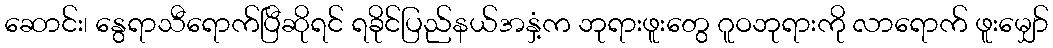
ဆောင်း၊ နွေရာသီရောက်ပြီဆိုရင် ရခိုင်ပြည်နယ်အနှံ့က ဘုရားဖူးတွေ ဂူဝဘုရားကို လာရောက် ဖူးမျှော်